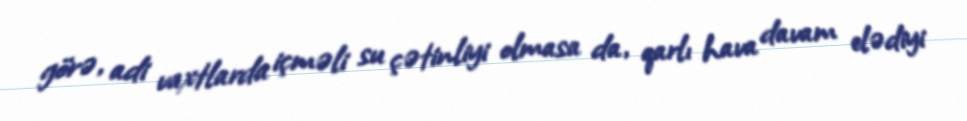
görə, adi vaxtlarda içməli su çətinliyi olmasa da, qarlı hava davam elədiyi